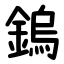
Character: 鎢